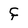
Character: f